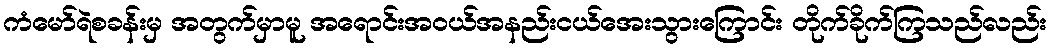
ကံမော်ရဲစခန်းမှ အတွက်မှာမူ အရောင်းအဝယ်အနည်းငယ်အေးသွားကြောင်း တိုက်ခိုက်ကြသည်လည်း